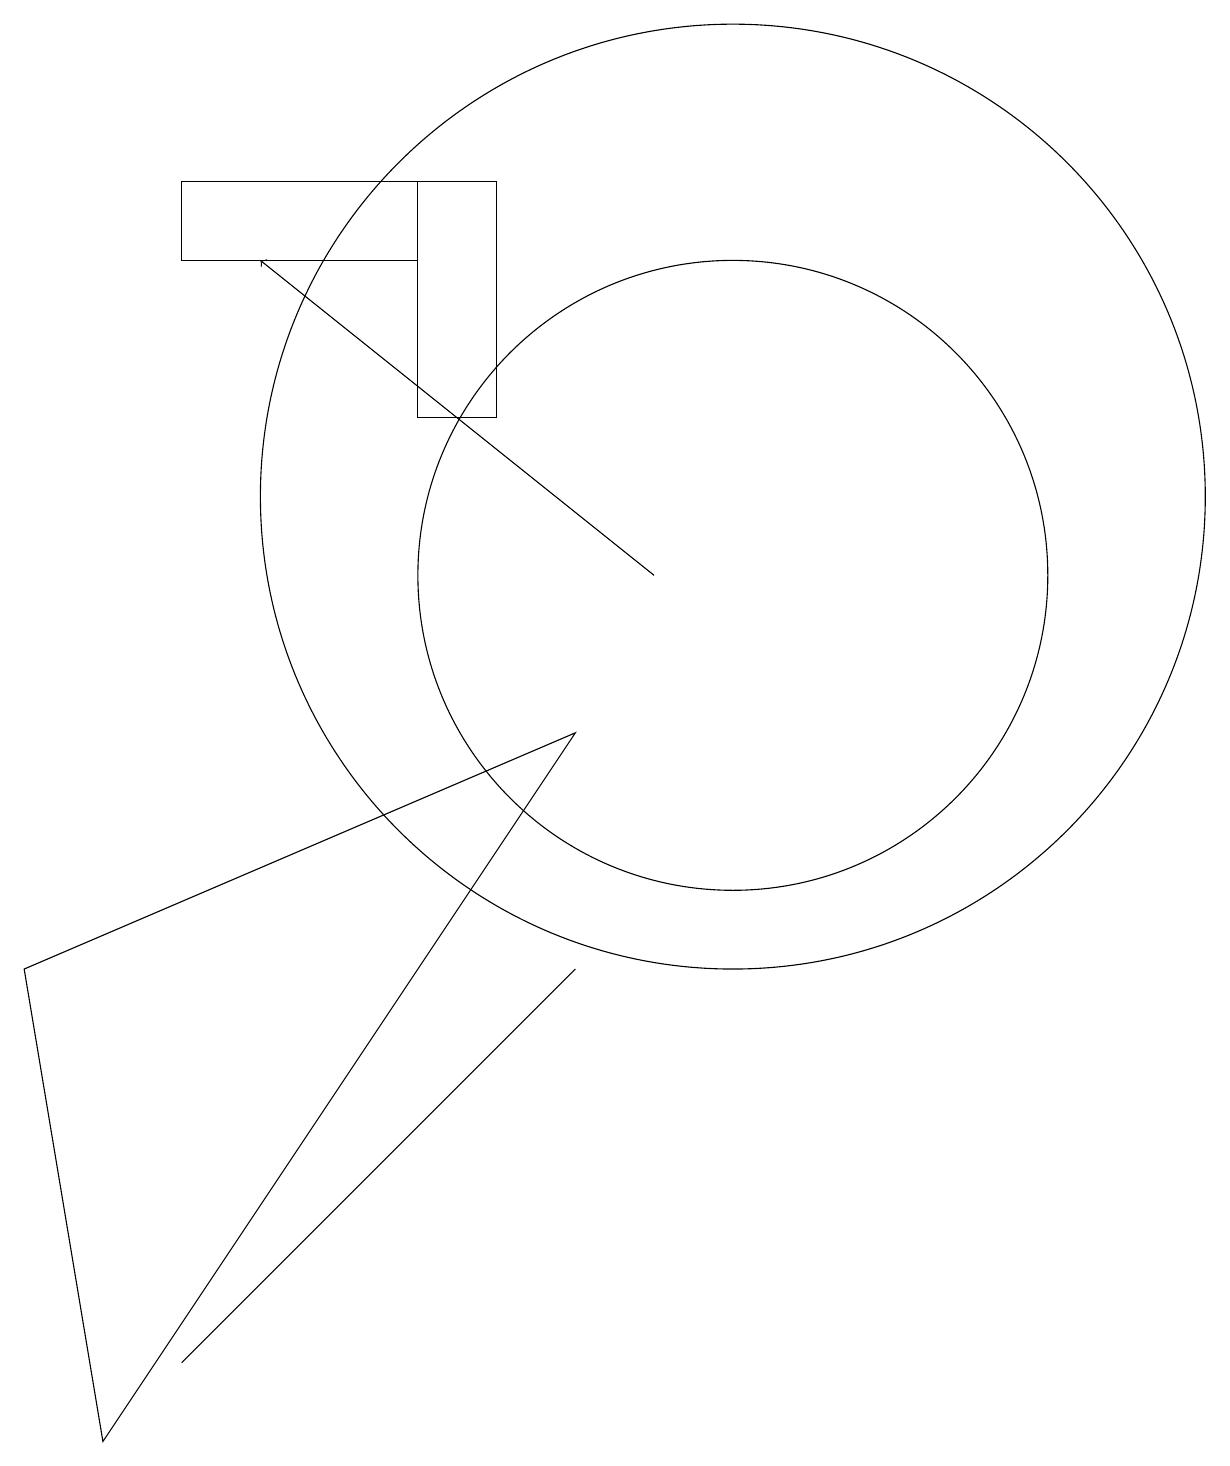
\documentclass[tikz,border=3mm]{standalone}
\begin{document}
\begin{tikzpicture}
\draw (8,9) -- (2,0) -- (1,6) -- cycle;
\draw (10,12) circle (6);
\draw (6,13) rectangle (7,16);
\draw (10,11) circle (4);
\draw (6,15) rectangle (3,16);
\draw[->] (9,11) -- (4,15);
\draw (8,6) -- (8,6) -- (3,1) -- cycle;
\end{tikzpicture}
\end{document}